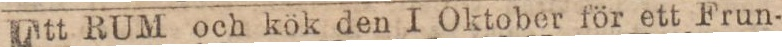
Ett RUM och kök den I Oktober för ett Frun-